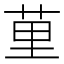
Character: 荲